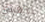
للمشي